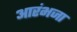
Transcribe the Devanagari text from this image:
आरंभजा